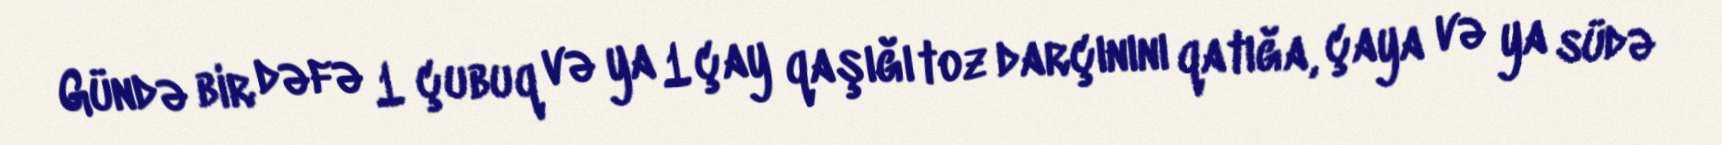
Gündə bir dəfə 1 çubuq və ya 1 çay qaşığı toz darçınını qatığa, çaya və ya südə